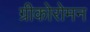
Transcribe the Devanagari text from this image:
ग्रीकोरोमन